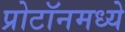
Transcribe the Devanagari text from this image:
प्रोटॉनमध्ये